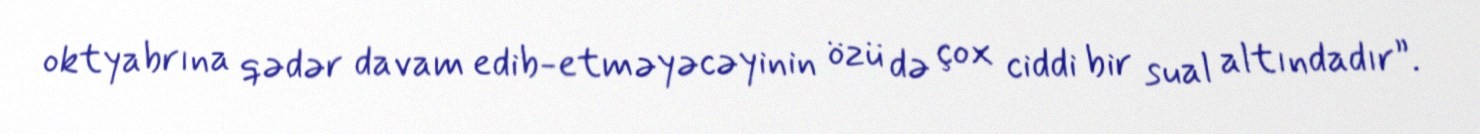
oktyabrına qədər davam edib-etməyəcəyinin özü də çox ciddi bir sual altındadır”.